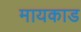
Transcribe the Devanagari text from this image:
मायकाड